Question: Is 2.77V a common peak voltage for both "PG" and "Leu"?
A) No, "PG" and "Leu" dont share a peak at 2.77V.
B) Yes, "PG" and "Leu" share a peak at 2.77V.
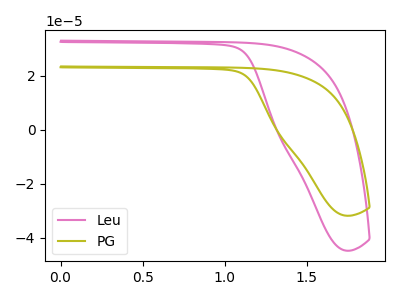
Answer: <think>The pink curve "Leu" has no peaks. The olive curve "PG" has no peaks.</think>
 <answer>A) No, "PG" and "Leu" dont share a peak at 2.77V.</answer>
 <eval>A</eval>